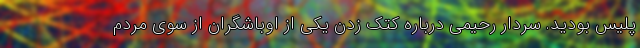
پلیس بودید. سردار رحیمی درباره کتک زدن یکی از اوباشگران از سوی مردم